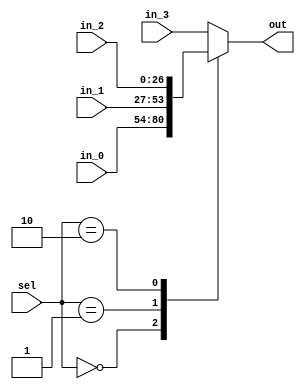
`timescale 1ns / 1ps

module MUX_4
#(parameter data_length = 27)
	(
	input wire [data_length - 1 : 0] in_0,
	input wire [data_length - 1 : 0] in_1,
	input wire [data_length - 1 : 0] in_2,
	input wire [data_length - 1 : 0] in_3,
	input wire [1 : 0] sel,
	
	output reg [data_length - 1 : 0] out
    );
	
	always @(*)
	begin
		case(sel)
			0 : out = in_0;
			1 : out = in_1;
			2 : out = in_2;
			default : out = in_3;
		endcase
	end

endmodule